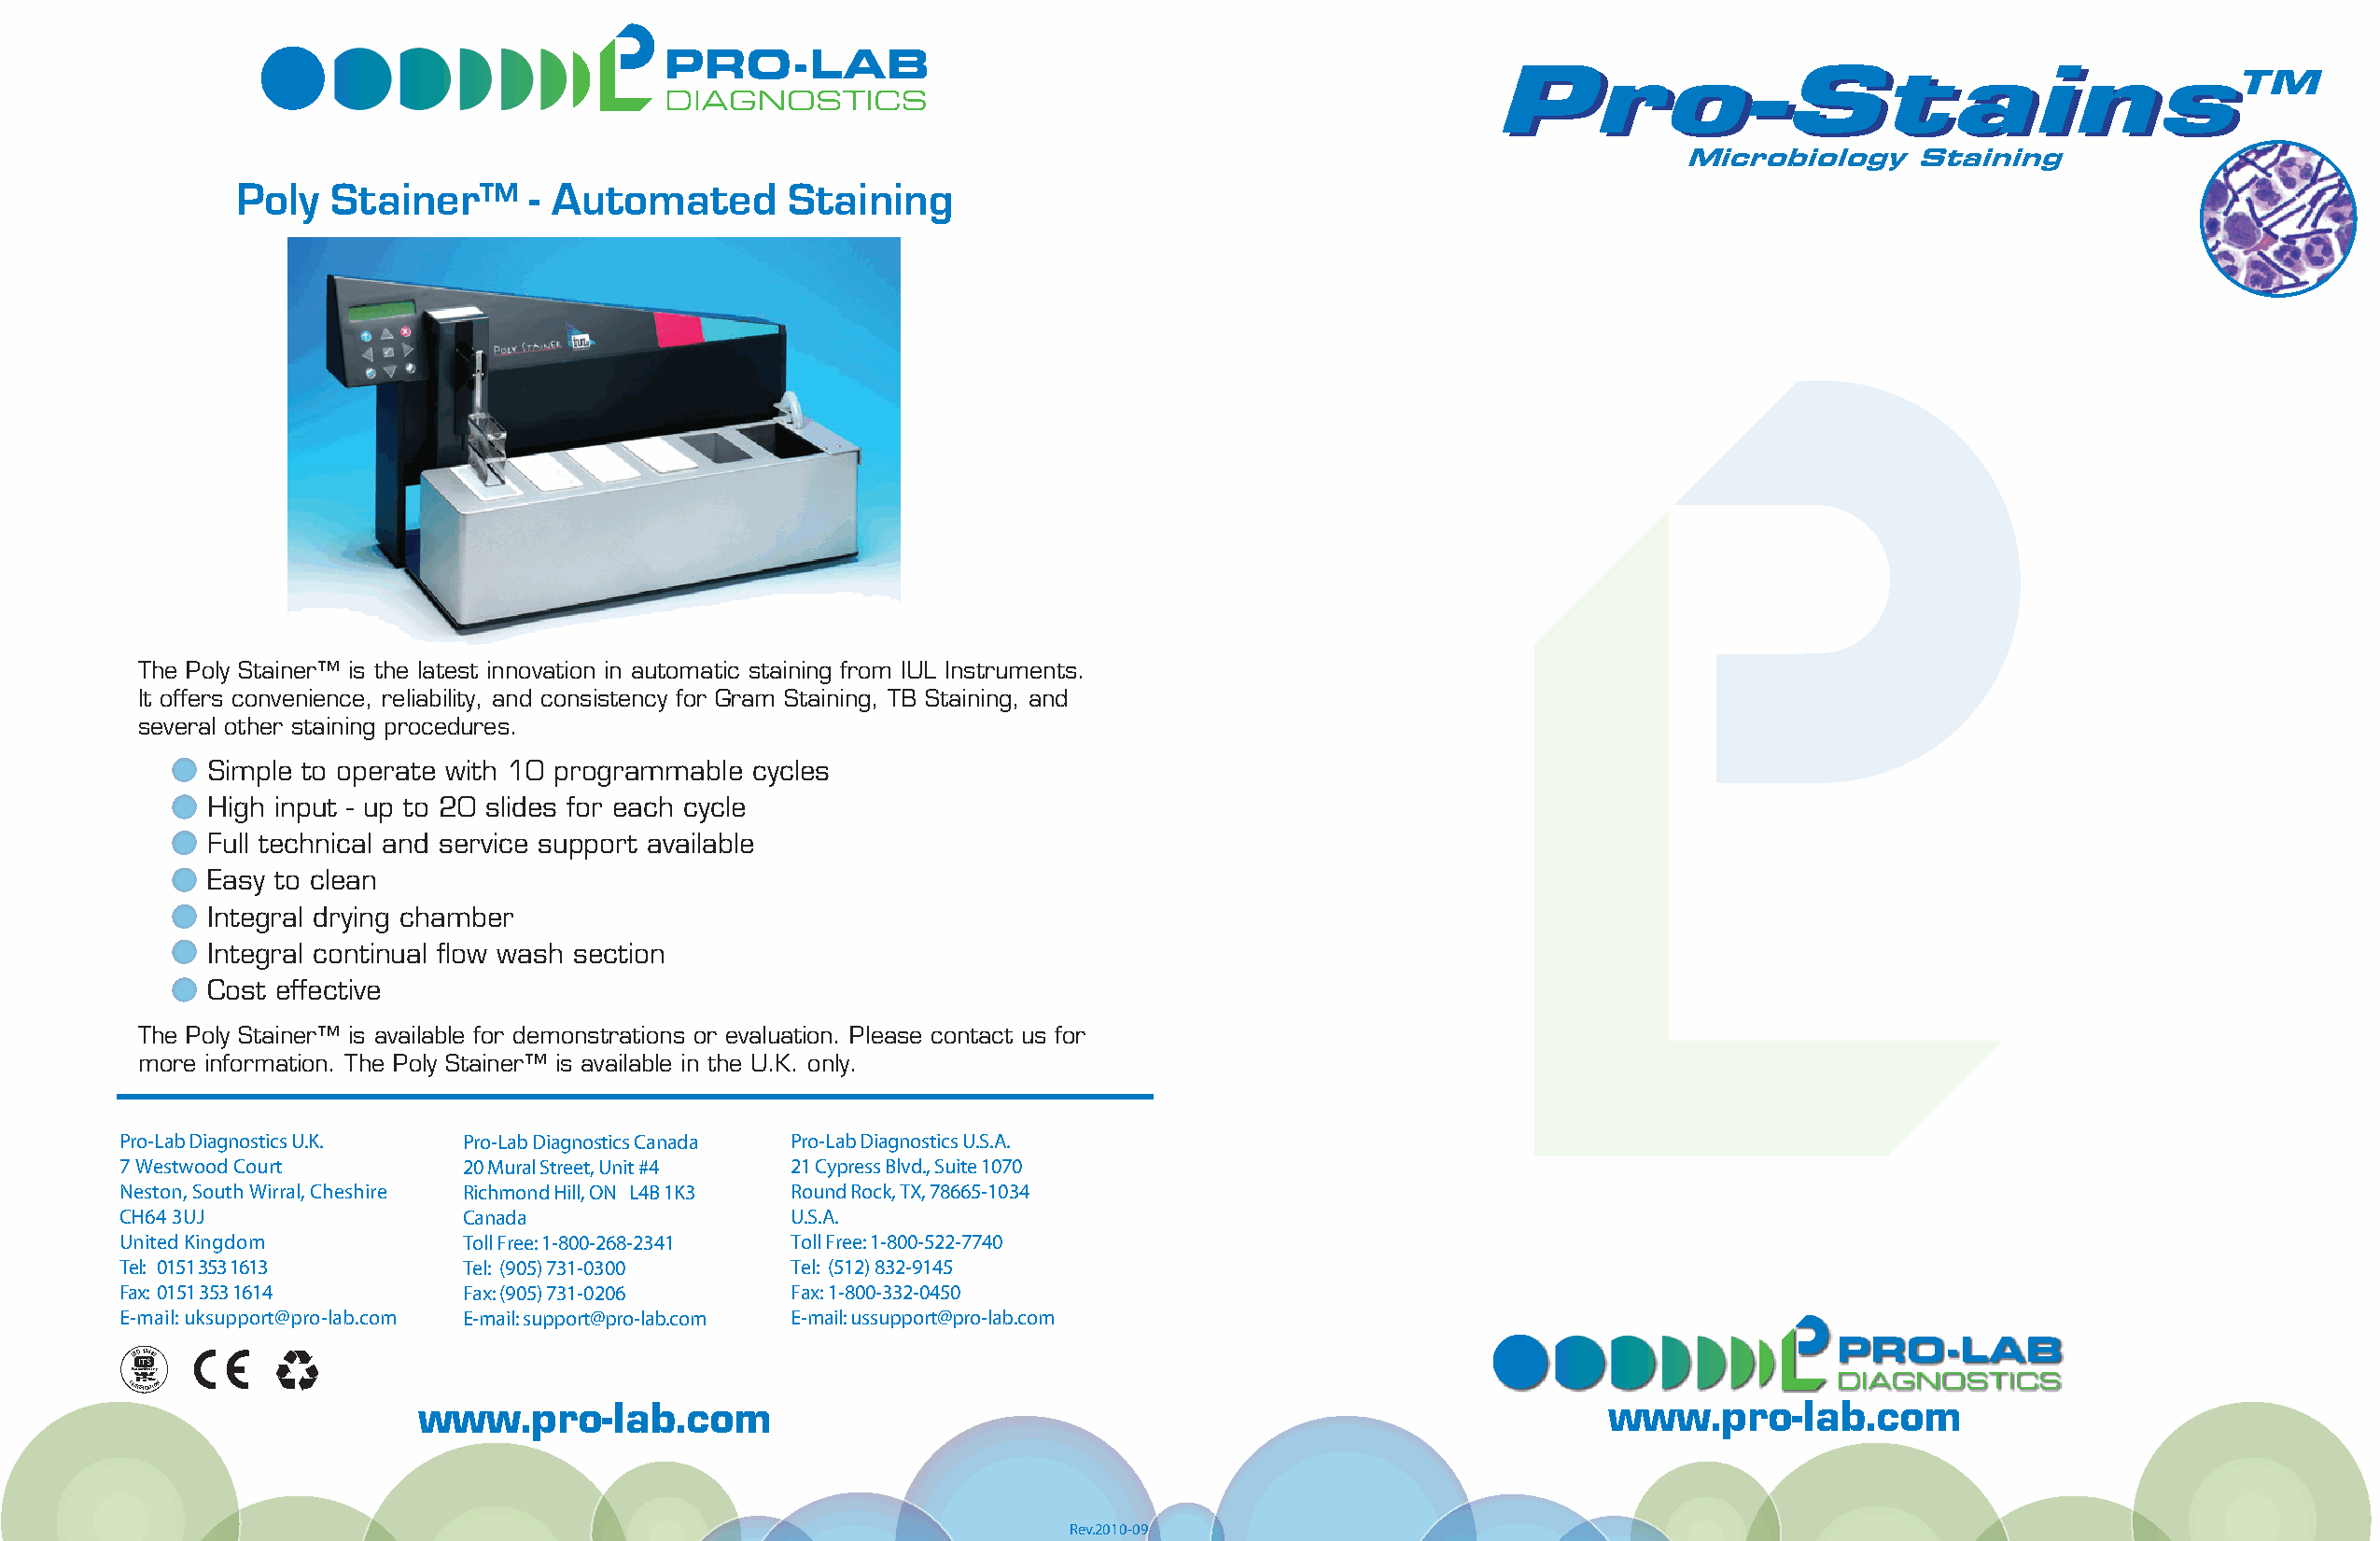
PPrroo--SSttaaiinnssTM
 Micro   biology  Staini ng
 Poly  Stainer™       - Automated       Staining
 The Poly Stainer™ is the latest innovation in automatic staining from IUL Instruments.
 It offers convenience, reliability, and consistency for Gram Staining, TB Staining, and
 several other staining procedures.
 Simple to operate with 10 programmable cycles
 High input - up to 20 slides for each cycle
 Full technical and service support available
 Easy to clean
 Integral drying chamber
 Integral continual flow wash section
 Cost effective
 The Poly Stainer™ is available for demonstrations or evaluation. Please contact us for
 more information. The Poly Stainer™ is available in the U.K. only.
 Pro-Lab Diagnostics U.K. Pro-Lab Diagnostics Canada Pro-Lab Diagnostics U.S.A.
 7 Westwood Court         20 Mural Street, Unit #4 21 Cypress Blvd., Suite 1070
 Neston, South Wirral, Cheshire Richmond Hill, ON L4B 1K3 Round Rock, TX, 78665-1034
 CH64 3UJ                 Canada                 U.S.A.
 United Kingdom           Toll Free: 1-800-268-2341 Toll Free: 1-800-522-7740
 Tel: 0151 353 1613       Tel: (905) 731-0300    Tel: (512) 832-9145
 Fax: 0151 353 1614       Fax: (905) 731-0206    Fax: 1-800-332-0450
 E-mail: uksupport@pro-lab.com E-mail: support@pro-lab.com E-mail: ussupport@pro-lab.com
 I S IO T 13 S485
 Warnock Hersey
 CERTIFICATI®O N
 www.pro-lab.com                                                                     www.pro-lab.com
 Rev.2010-09